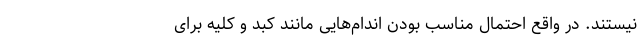
نیستند. در واقع احتمال مناسب بودن اندام‌هایی مانند کبد و کلیه برای